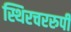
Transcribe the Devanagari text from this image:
स्थिरचररुपी